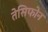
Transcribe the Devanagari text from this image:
तेसिफोन